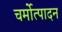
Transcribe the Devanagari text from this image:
चर्मोत्पादन